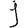
Digit: 9